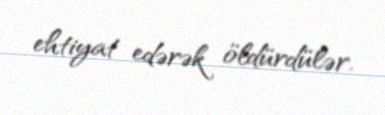
ehtiyat edərək öldürdülər.